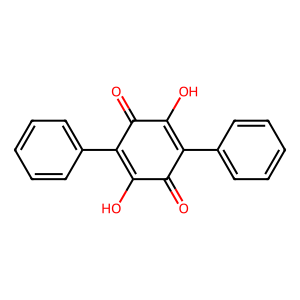
SMILES: O=C1C(O)=C(c2ccccc2)C(=O)C(O)=C1c1ccccc1
Inhibits HIV replication: No